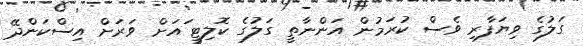
ގަލުގެ ވިޔަފާރި ވެސް ކުރަމުން އަންނާތީ ގަލުގެ ކޮލިޓީ ައަށް ވަރަށް އިސްކަންދޭ